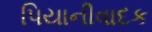
પિયાનીવાદક